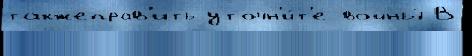
такжеправ'ить уточн'и́т'е войны́ В